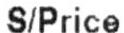
S/PRICE